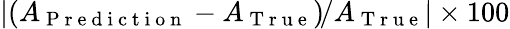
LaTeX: |\! \left(A_{\mathrm{~P~r~e~d~i~c~t~i~o~n~}}-A_{\mathrm{~T~r~u~e~}}\right)\! /A_{\mathrm{~T~r~u~e~}}|\times 100